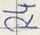
Text: R4